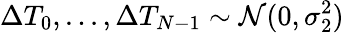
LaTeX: \Delta T_{0},...,\Delta T_{N-1}\sim\mathcal{N}(0,\sigma_{2}^{2})